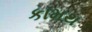
કામથ